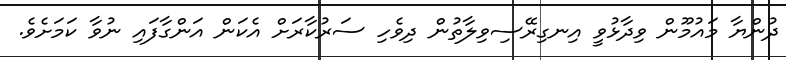
ދުންޔާ މައުމޫން ވިދާޅުވީ އިނގިރޭސިވިލާތުން ދިވެހި ސަރުކާރަށް އެކަން އަންގާފައި ނުވާ ކަމަށެވެ.